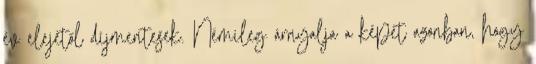
év elejétől díjmentesek. Némileg árnyalja a képet azonban, hogy